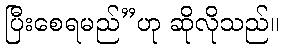
ပြီးစေရမည်”ဟု ဆိုလိုသည်။